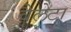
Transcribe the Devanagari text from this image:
वैलेटा